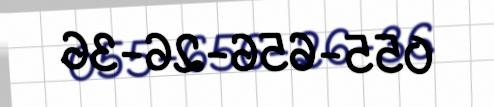
055-656-26-36